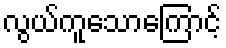
လွယ်ကူသောကြောင့်